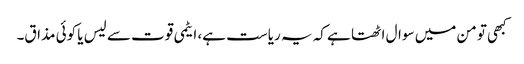
کبھی تو من میں سوال اٹھتا ہے کہ یہ ریاست ہے، ایٹمی قوت سے لیس یا کوئی مذاق۔